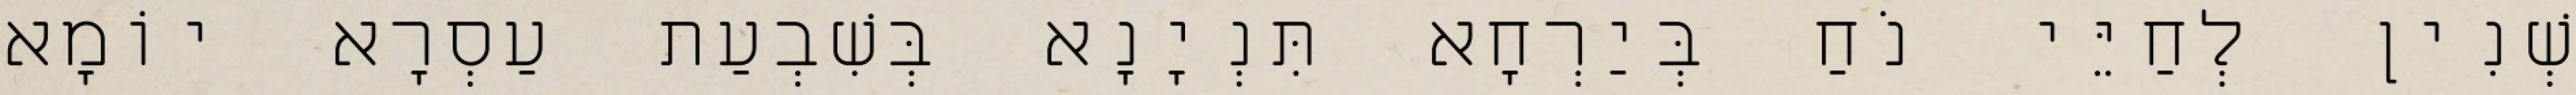
שְׁנִין לְחַיֵּי נֹחַ בְּיַרְחָא תִּנְיָנָא בְּשִׁבְעַת עַסְרָא יוֹמָא